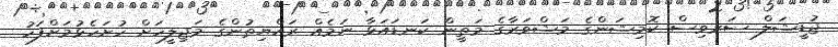
ޖުޑީޝަލް ސަރވިސް ކޮމިޝަންގެ މަޝްވަރާގެ މަތީން ކަނޑައަޅާ ނަމެއް ރައްޔިތުންގެ މަޖިލީހަށް ހުށަހެޅުމަށްފަހު